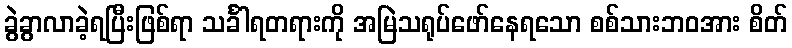
ခွဲခွာလာခဲ့ရပြီးဖြစ်ရာ သင်္ခါရတရားကို အမြဲသရုပ်ဖော်နေရသော စစ်သားဘဝအား စိတ်